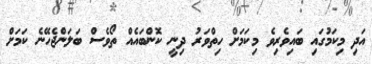
އަދި މިކަމުގައި ބައިވެރިވެ މިކަމަށް ހިތްވަރު ދިނީ ކޮންބައެއް ތޯވެސް ބަލަންޖެހޭނެ ކަމަށް